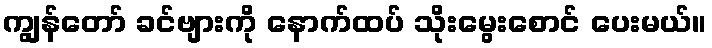
ကျွန်တော် ခင်ဗျားကို နောက်ထပ် သိုးမွေးစောင် ပေးမယ်။